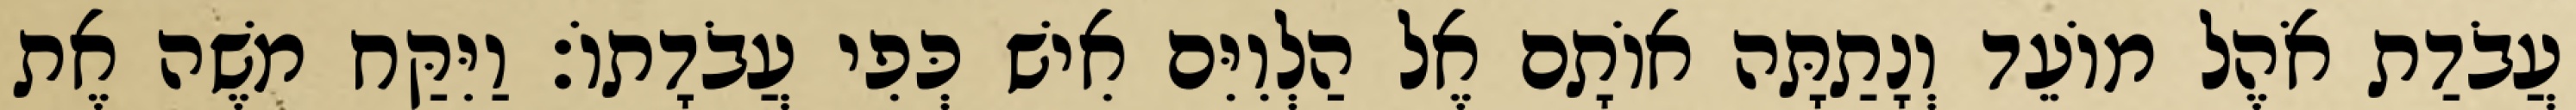
עֲבֹדַת אֹהֶל מוֹעֵד וְנָתַתָּה אוֹתָם אֶל הַלְוִיִּם אִישׁ כְּפִי עֲבֹדָתוֹ׃ וַיִּקַּח משֶׁה אֶת